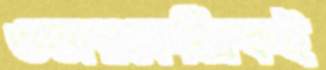
ওভারকেন্দ্রিকই